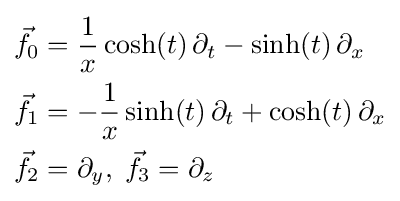
{\begin{aligned}{\vec {f}}_{0}&={\frac {1}{x}}\cosh(t)\,\partial _{t}-\sinh(t)\,\partial _{x}\\{\vec {f}}_{1}&=-{\frac {1}{x}}\sinh(t)\,\partial _{t}+\cosh(t)\,\partial _{x}\\{\vec {f}}_{2}&=\partial _{y},\;{\vec {f}}_{3}=\partial _{z}\end{aligned}}